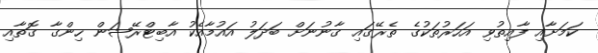
ކަމަށާއި ފާއިތުވި އަހަރުތަކުގެ ތެރޭގައި ގާނުނަށް ބަދަލު އައުމާއެކު އާބިޓްރޭޝަން ހިންގާ ގޮތާއި